Leaving Certificate Examination (including Day School Certificate (Higher) General paper), 1926
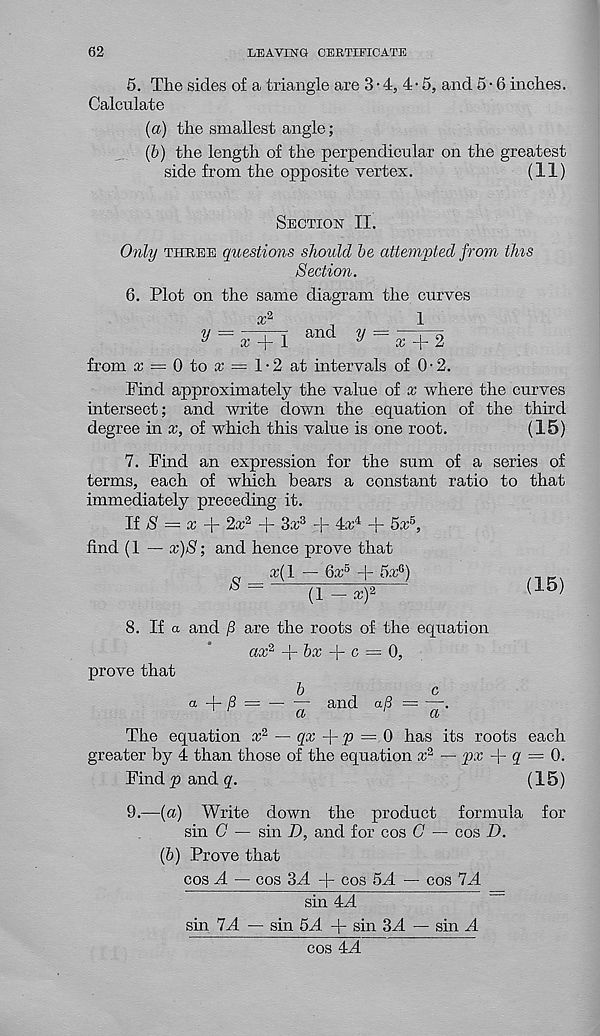
62
LEAVING CERTIFICATE
5. The sides of a triangle are 3 • 4, 4• 5, and 5 • 6 inches.
Calculate
(а) the smallest angle;
(б) the length of the perpendicular on the greatest
side from the opposite vertex.
(11)
Section II.
Only three questions should be attempted from tins
Section.
6. Plot on the same diagram the curves
V
and y =
x
1
from = 0 to x = 1-2 at intervals of 0-2.
Find approximately the value of x where the curves
intersect; and write down the equation of the third
degree in x, of which this value is one root.
(15)
7. Find an expression for the sum of a series of
terms, each of which bears a constant ratio to that
immediately preceding it.
If $ = cr + 2x 2 + 3x 3 + 4a; 4 + 5a: 5 ,
find (1 — x)S; and hence prove that
a;(l — 6a; 5 + 5a; 6 )
S
(1 — x) 2
(15)
8. If a and /3 are the roots of the equation
ax*
prove that
bx
c — 0,
a
P —
— and
a
a/3
r.
a
The equation x 2 — qx
p = 0 has its roots each
greater by 4 than those of the equation a; 2 — px -|- q = 0.
Findp and#.
(15)
9.—(a) Write down the product formula for
sin G — sin I), and for cos G — cos D.
(b) Prove that
cos A — cos 3A + cos 5A — cos 7*4
sin 4:A
sin 7A — sin 5/1 -j- sin 3A — sin A
cos 4/1